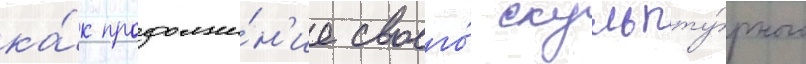
ка́к продолже́н'ие своего́ скульпту́рного